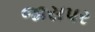
જાસપર